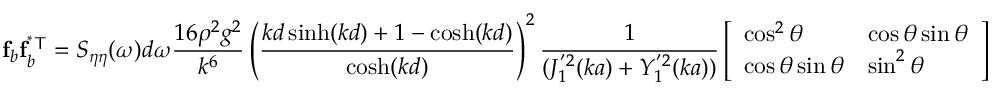
\mathbf { f } _ { b } \mathbf { f } _ { b } ^ { \mathsf { ^ { * } T } } = S _ { \eta \eta } ( \omega ) d \omega \frac { 1 6 \rho ^ { 2 } g ^ { 2 } } { k ^ { 6 } } \left( \frac { k d \sinh ( k d ) + 1 - \cosh ( k d ) } { \cosh ( k d ) } \right) ^ { 2 } \frac { 1 } { ( J _ { 1 } ^ { ' 2 } ( k a ) + Y _ { 1 } ^ { ' 2 } ( k a ) ) } \left[ \begin{array} { l l } { \cos ^ { 2 } \theta } & { \cos \theta \sin \theta } \\ { \cos \theta \sin \theta } & { \sin ^ { 2 } \theta } \end{array} \right]